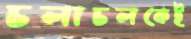
চলাচলকেই